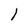
Character: I